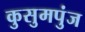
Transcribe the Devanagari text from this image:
कुसुमपुंज